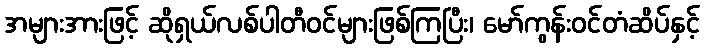
အများအားဖြင့် ဆိုရှယ်လစ်ပါတီဝင်များဖြစ်ကြပြီး၊ မော်ကွန်းဝင်တံဆိပ်နှင့်